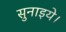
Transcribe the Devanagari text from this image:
सुनाइये।